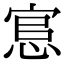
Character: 悹